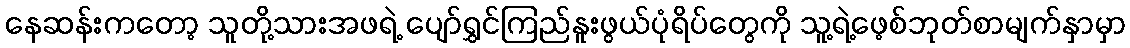
နေဆန်းကတော့ သူတို့သားအဖရဲ့ ပျော်ရွှင်ကြည်နူးဖွယ်ပုံရိပ်တွေကို သူ့ရဲ့ဖေ့စ်ဘုတ်စာမျက်နှာမှာ